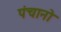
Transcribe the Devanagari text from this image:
पंचानो